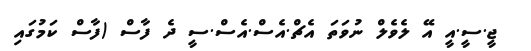
ޖީ.ސީ.އީ އޭ ލެވެލް ނުވަތަ އެޗް.އެސް.އެސް.ސީ ދެ ފާސް (ފާސް ކަމުގައި